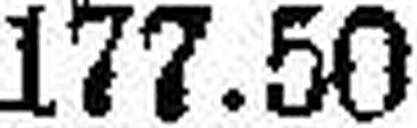
177.50